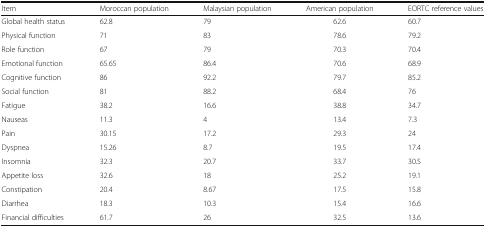
| Item | Moroccan population | Malaysian population | American population | EORTC reference values |
 | --- | --- | --- | --- | --- |
 | Global health status | 62.8 | 79 | 62.6 | 60.7 |
 | Physical function | 71 | 83 | 78.6 | 79.2 |
 | Role function | 67 | 79 | 70.3 | 70.4 |
 | Emotional function | 65.65 | 86.4 | 70.6 | 68.9 |
 | Cognitive function | 86 | 92.2 | 79.7 | 85.2 |
 | Social function | 81 | 88.2 | 68.4 | 76 |
 | Fatigue | 38.2 | 16.6 | 38.8 | 34.7 |
 | Nauseas | 11.3 | 4 | 13.4 | 7.3 |
 | Pain | 30.15 | 17.2 | 29.3 | 24 |
 | Dyspnea | 15.26 | 8.7 | 19.5 | 17.4 |
 | Insomnia | 32.3 | 20.7 | 33.7 | 30.5 |
 | Appetite loss | 32.6 | 18 | 25.2 | 19.1 |
 | Constipation | 20.4 | 8.67 | 17.5 | 15.8 |
 | Diarrhea | 18.3 | 10.3 | 15.4 | 16.6 |
 | Financial difficulties | 61.7 | 26 | 32.5 | 13.6 |